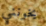
يخونني